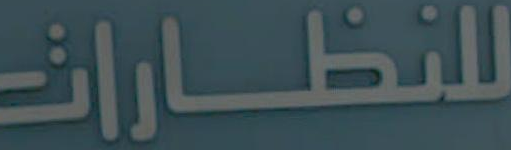
للنظارات